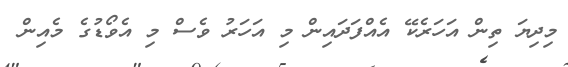
މިދިޔަ ތިން އަހަރެކޭ އެއްފަދައިން މި އަހަރު ވެސް މި އެވޯޑުގެ މެއިން